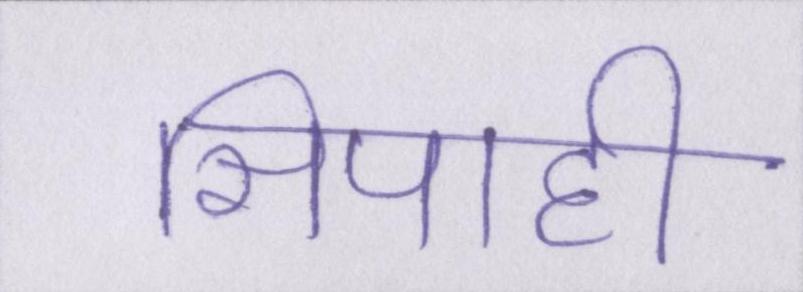
सिपाही